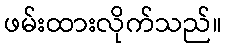
ဖမ်းထားလိုက်သည်။